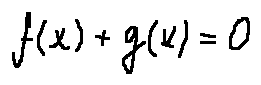
f ( x ) + g ( x ) = 0